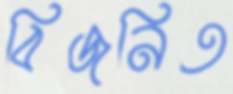
বিজনিত